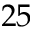
2 5